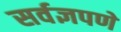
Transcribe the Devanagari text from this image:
सर्वज्ञपणे